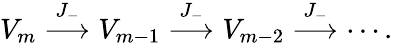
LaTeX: V_{m}\stackrel{J_{-}}{\longrightarrow}V_{m-1}\stackrel{J_{-}}{\longrightarrow}V_{m-2}\stackrel{J_{-}}{\longrightarrow}\cdots.